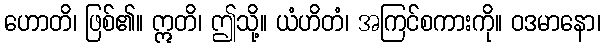
ဟောတိ၊ ဖြစ်၏။ ဣတိ၊ ဤသို့။ ယံဟိတံ၊ အကြင်စကားကို။ ဝဒမာနော၊